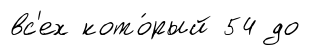
вс'ех кото́рый 54 до